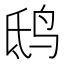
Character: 鸱